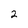
Character: 2